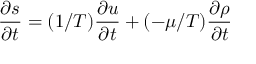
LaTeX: { \frac { \partial s } { \partial t } } = ( 1 / T ) { \frac { \partial u } { \partial t } } + ( - \mu / T ) { \frac { \partial \rho } { \partial t } }